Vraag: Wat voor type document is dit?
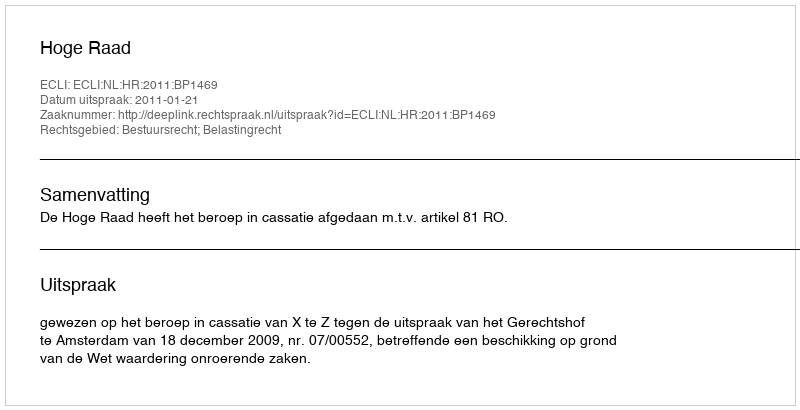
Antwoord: Uitspraak